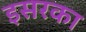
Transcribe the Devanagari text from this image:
इसरका